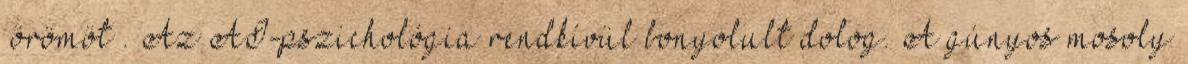
„örömöt”. Az AI-pszichológia rendkívül bonyolult dolog. A gúnyos mosoly